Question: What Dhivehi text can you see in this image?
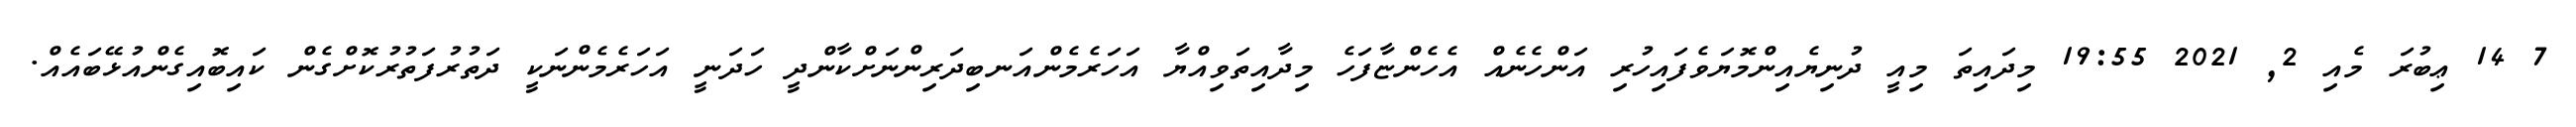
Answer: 7 14 ޢިބުރަ މެއި 2, 2021 19:55 މިދައިތަ މިއީ ދުނިޔެއިންމޮޔަވެފައިހުރި އަންހެނެއް އެހެންޏާފަހެ މިދާއިތަވިއްޔާ އަހަރެމެންއަނބިދަރިންނަށްކާންދީ ހަދަނީ އަހަރެމެންނަކީ ދަތުރުފަތުރުކޮށްގެން ކައިބޮއިގެންއުޅޭބައެއް.